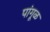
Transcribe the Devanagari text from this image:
पांगूळ